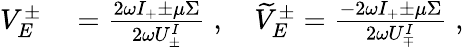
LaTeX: \begin{array}{rl}{V_{E}^{\pm}}&{{}=\frac{2\omega I_{+}\pm{\mu\Sigma}}{2\omega U_{\pm}^{I}}\; ,\quad\widetilde{V}_{E}^{\pm}=\frac{-2\omega I_{+}\pm\mu\Sigma}{2\omega U_{\mp}^{I}}\; ,}\end{array}